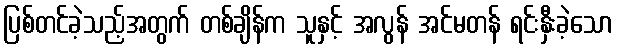
ပြစ်တင်ခဲ့သည့်အတွက် တစ်ချိန်က သူနှင့် အလွန် အင်မတန် ရင်းနှီးခဲ့သော